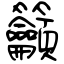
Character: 籲